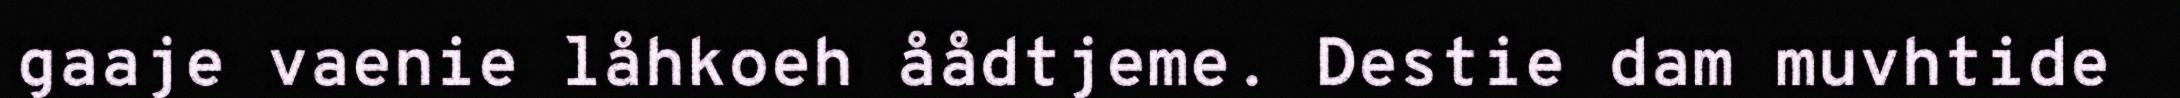
gaaje vaenie låhkoeh åådtjeme. Destie dam muvhtide